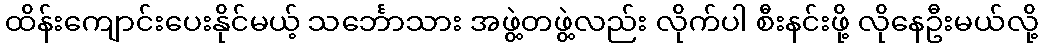
ထိန်းကျောင်းပေးနိုင်မယ့် သင်္ဘောသား အဖွဲ့တဖွဲ့လည်း လိုက်ပါ စီးနင်းဖို့ လိုနေဦးမယ်လို့